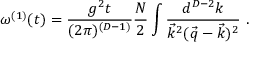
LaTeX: \omega ^ { ( 1 ) } ( t ) = \frac { g ^ { 2 } t } { ( 2 \pi ) ^ { ( D - 1 ) } } \frac { N } { 2 } \int \frac { d ^ { D - 2 } k } { \vec { k } ^ { 2 } ( \vec { q } - \vec { k } ) ^ { 2 } } ~ .